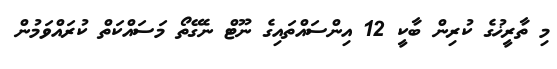
މި ތާރީޚުގެ ކުރިން ބާކީ 12 އިންސައްތައިގެ ނޫޓް ނެގޭތޯ މަސައްކަތް ކުރައްވަމުން